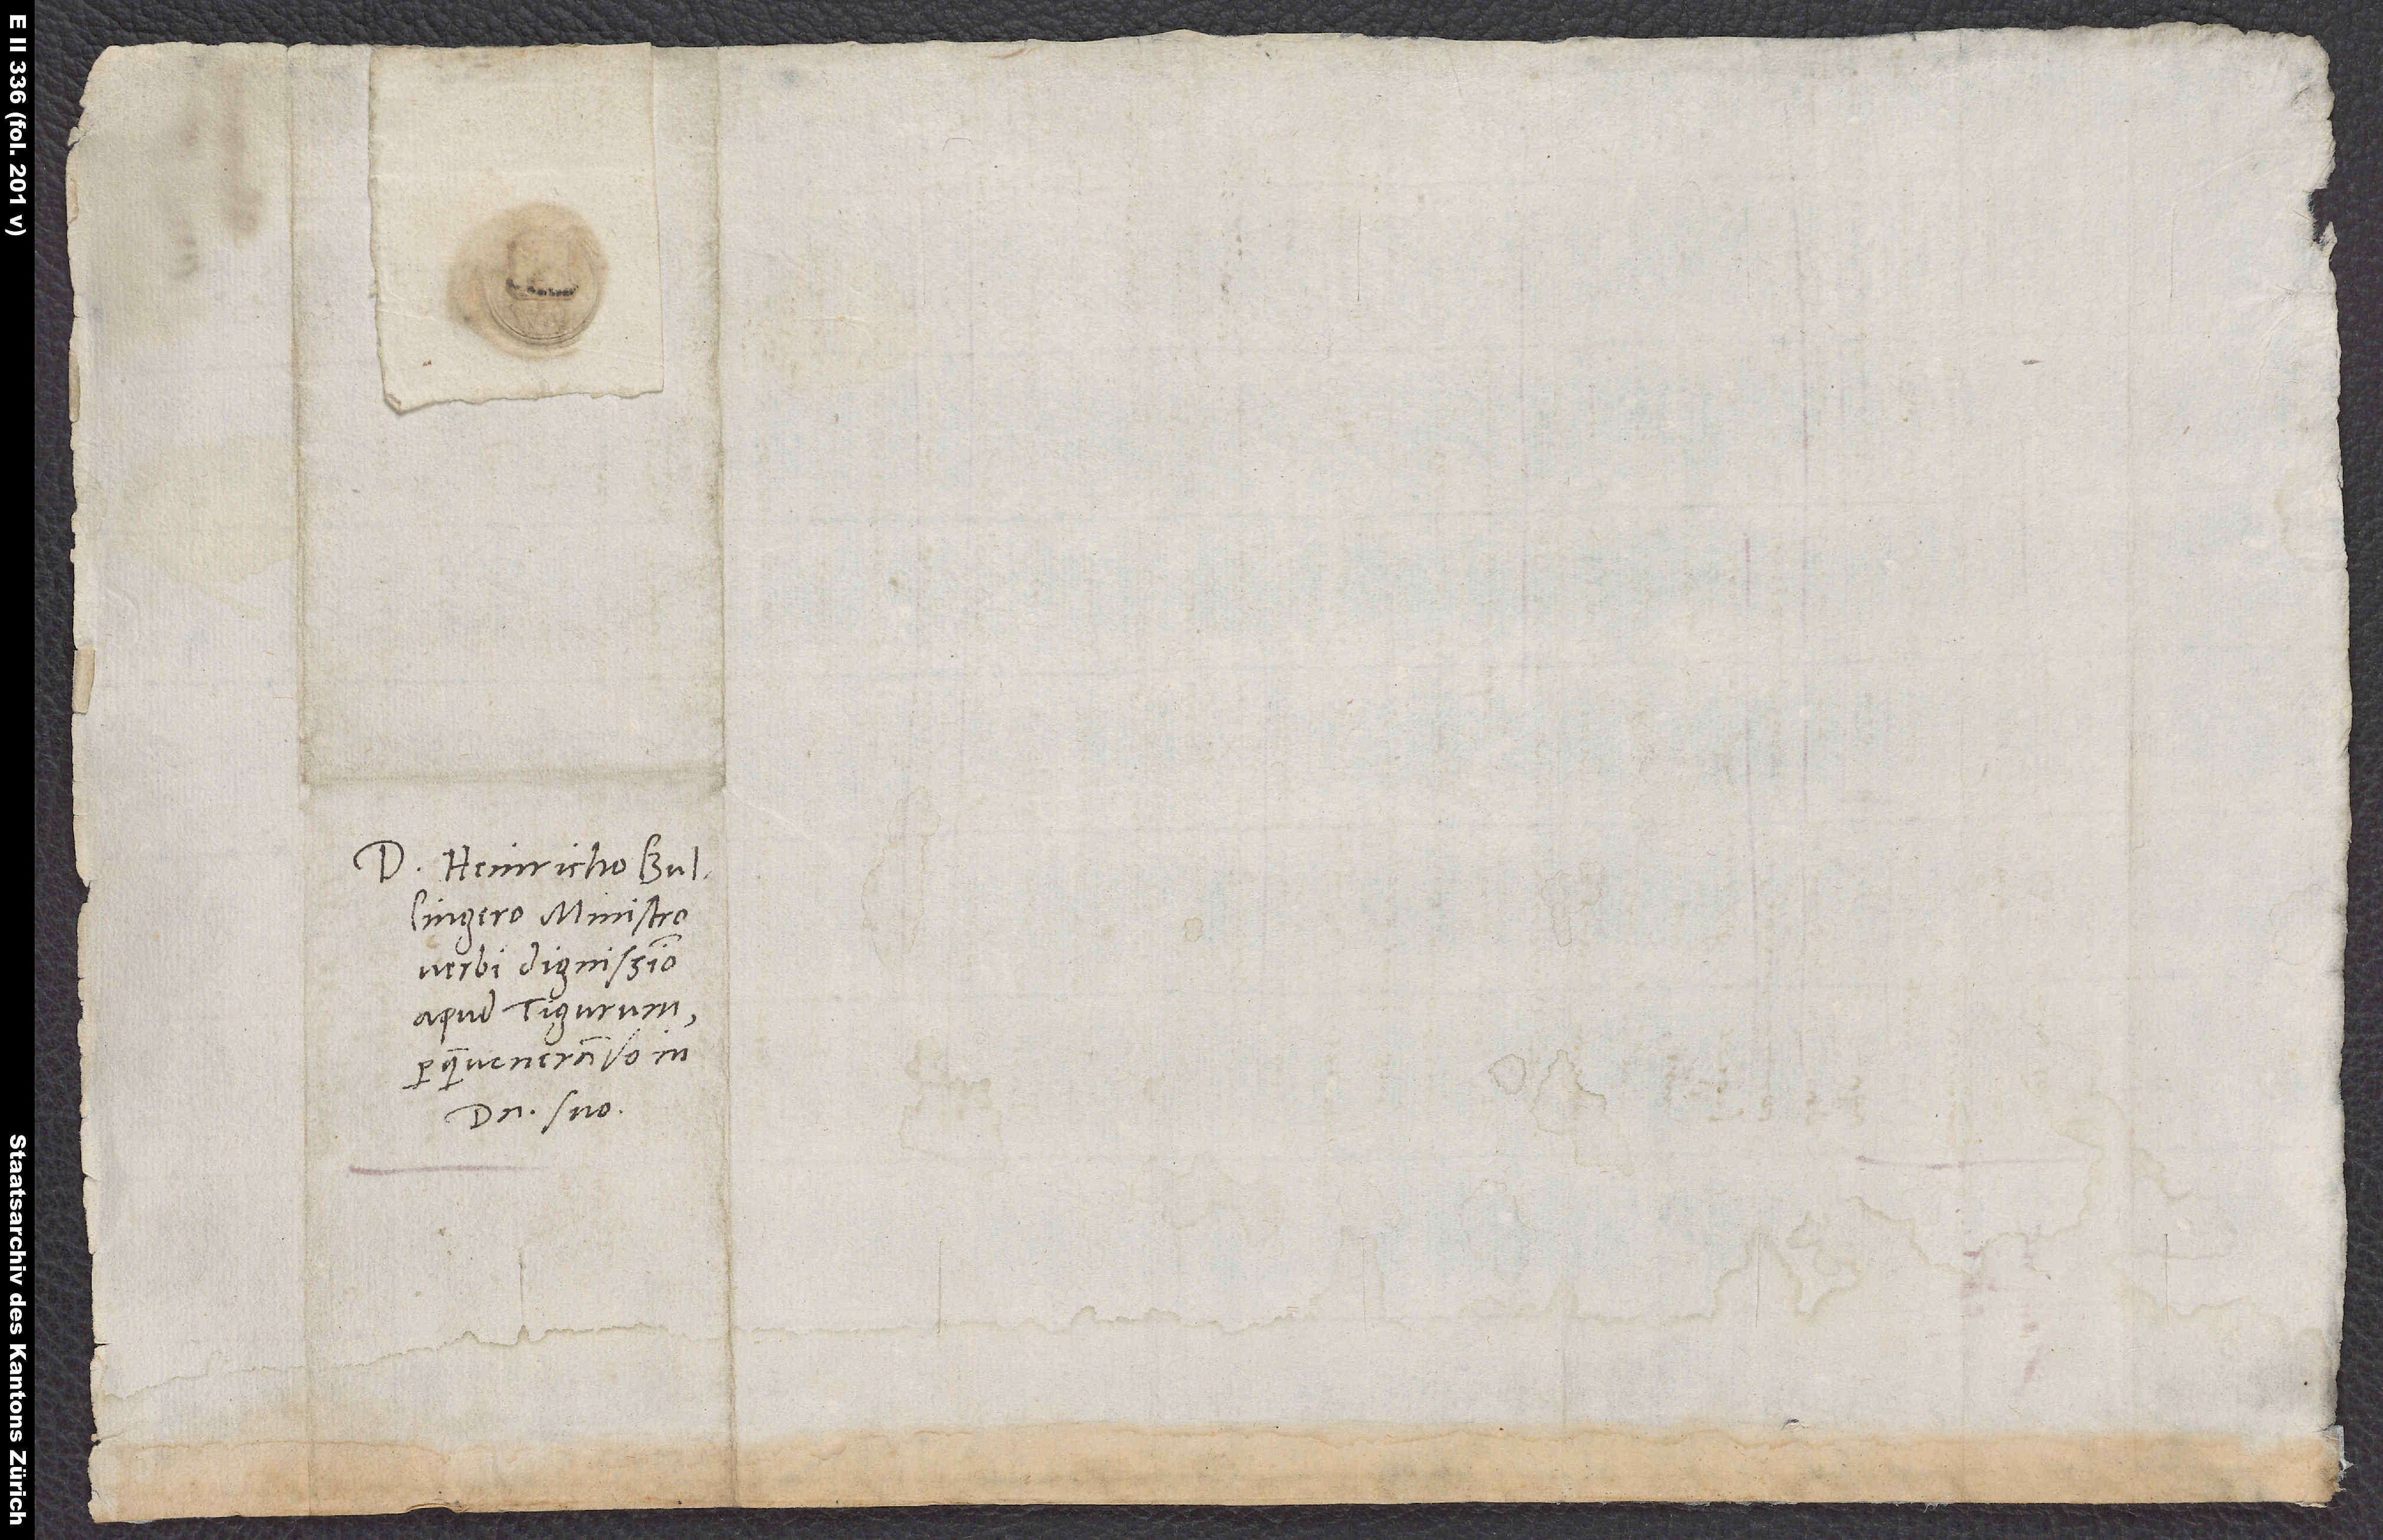
Domino Heinricho Bullingero,
verbi dignissimo
apud Tigurum,
perquam venerando in
domino suo.